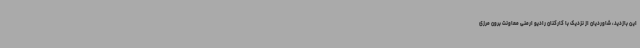
این بازدید، شاوردیان از نزدیک با کارکنان رادیو ارمنی معاونت برون مرزی